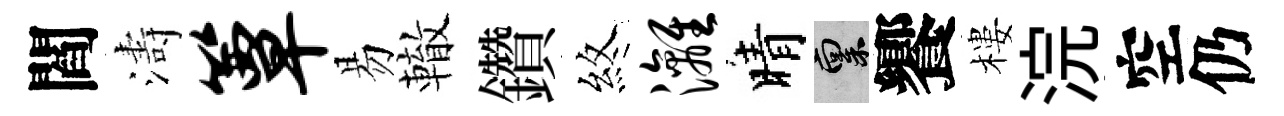
閻濤簟易轍鑽煞漓晴禀饗樓浣空仍